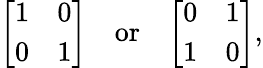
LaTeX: {\left[\begin{array}{ll}{1}&{0}\\ {0}&{1}\end{array}\right]}\quad{\mathrm{or}}\quad{\left[\begin{array}{ll}{0}&{1}\\ {1}&{0}\end{array}\right]},